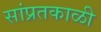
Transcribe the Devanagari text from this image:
सांप्रतकाळी